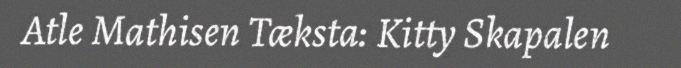
Atle Mathisen Tæksta: Kitty Skapalen